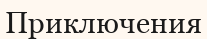
Приключения